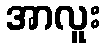
အာလူး